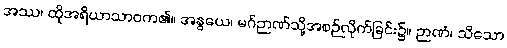
အဿ၊ ထိုအရိယာသာဝက၏။ အနွယေ၊ မဂ်ဉာဏ်သို့အစဉ်လိုက်ခြင်း၌။ ဉာဏံ၊ သိသော